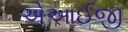
એઆઈજી